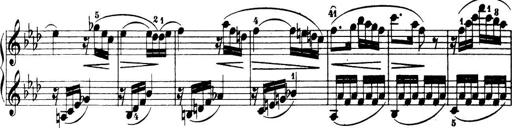
Title: 32 Sonatinas and Rondos for the Piano
Composer: Richard Kleinmichel